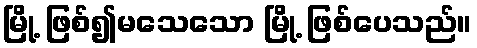
မြို့ ဖြစ်၍မသေသော မြို့ ဖြစ်ပေသည်။